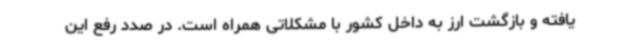
یافته و بازگشت ارز به داخل کشور با مشکلاتی همراه است. در صدد رفع این